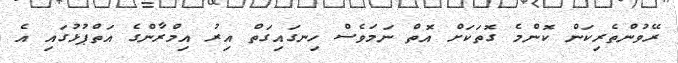
ރޭވުންތެރިކަން ކޮންމެ ގޮތަކަށް އޮތް ނަމަވެސް ހިނގައިގަތް އިރު އިމްރާންގެ އަތްޕުޅުގައި އެ